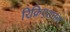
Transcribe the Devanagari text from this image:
रिक्रिएशनल